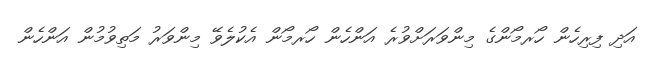
އަދި ފިރިހެން ހޯރމޯންގެ މިންވަރަށްވުރެ އަންހެން ހޯރމޯން އެކުލެވޭ މިންވަރު މަތިވުމުން އަންހެން